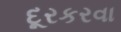
દૂરકરવા